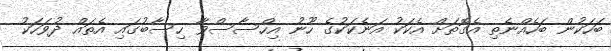
ބަހަކުން ބަހެއްނެތި އެގޮތަށް އެކަކު އަނެކަކުގެ ހޫނު އިހްސާސްވާ ހިސާބުގައި އެތައް ދުވަހަކު